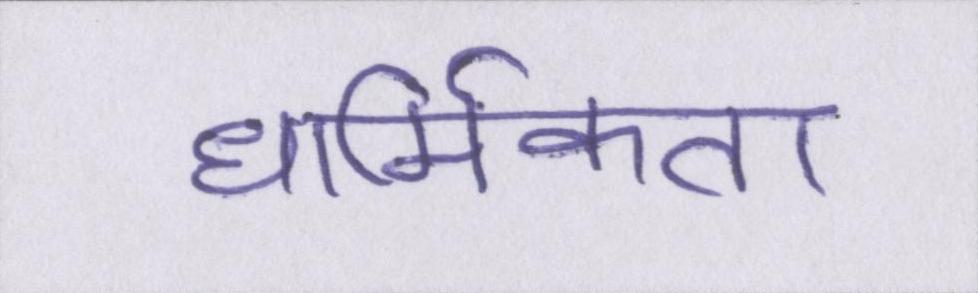
धार्मिकता